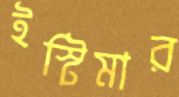
ইস্টিমার